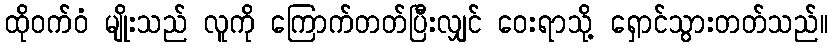
ထိုဝက်ဝံ မျိုးသည် လူကို ကြောက်တတ်ပြီးလျှင် ဝေးရာသို့ ရှောင်သွားတတ်သည်။